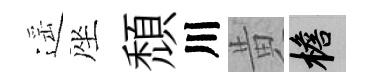
遥座頹川黄檐